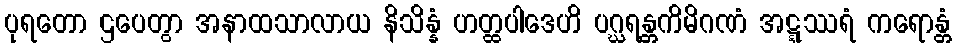
ပုရတော ဌပေတွာ အနာထသာလာယ နိသိန္နံ ဟတ္ထပါဒေဟိ ပဂ္ဃရန္တကိမိဂဏံ အဋ္ဋဿရံ ကရောန္တံ